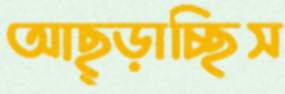
আছ্‌ড়াচ্ছিস